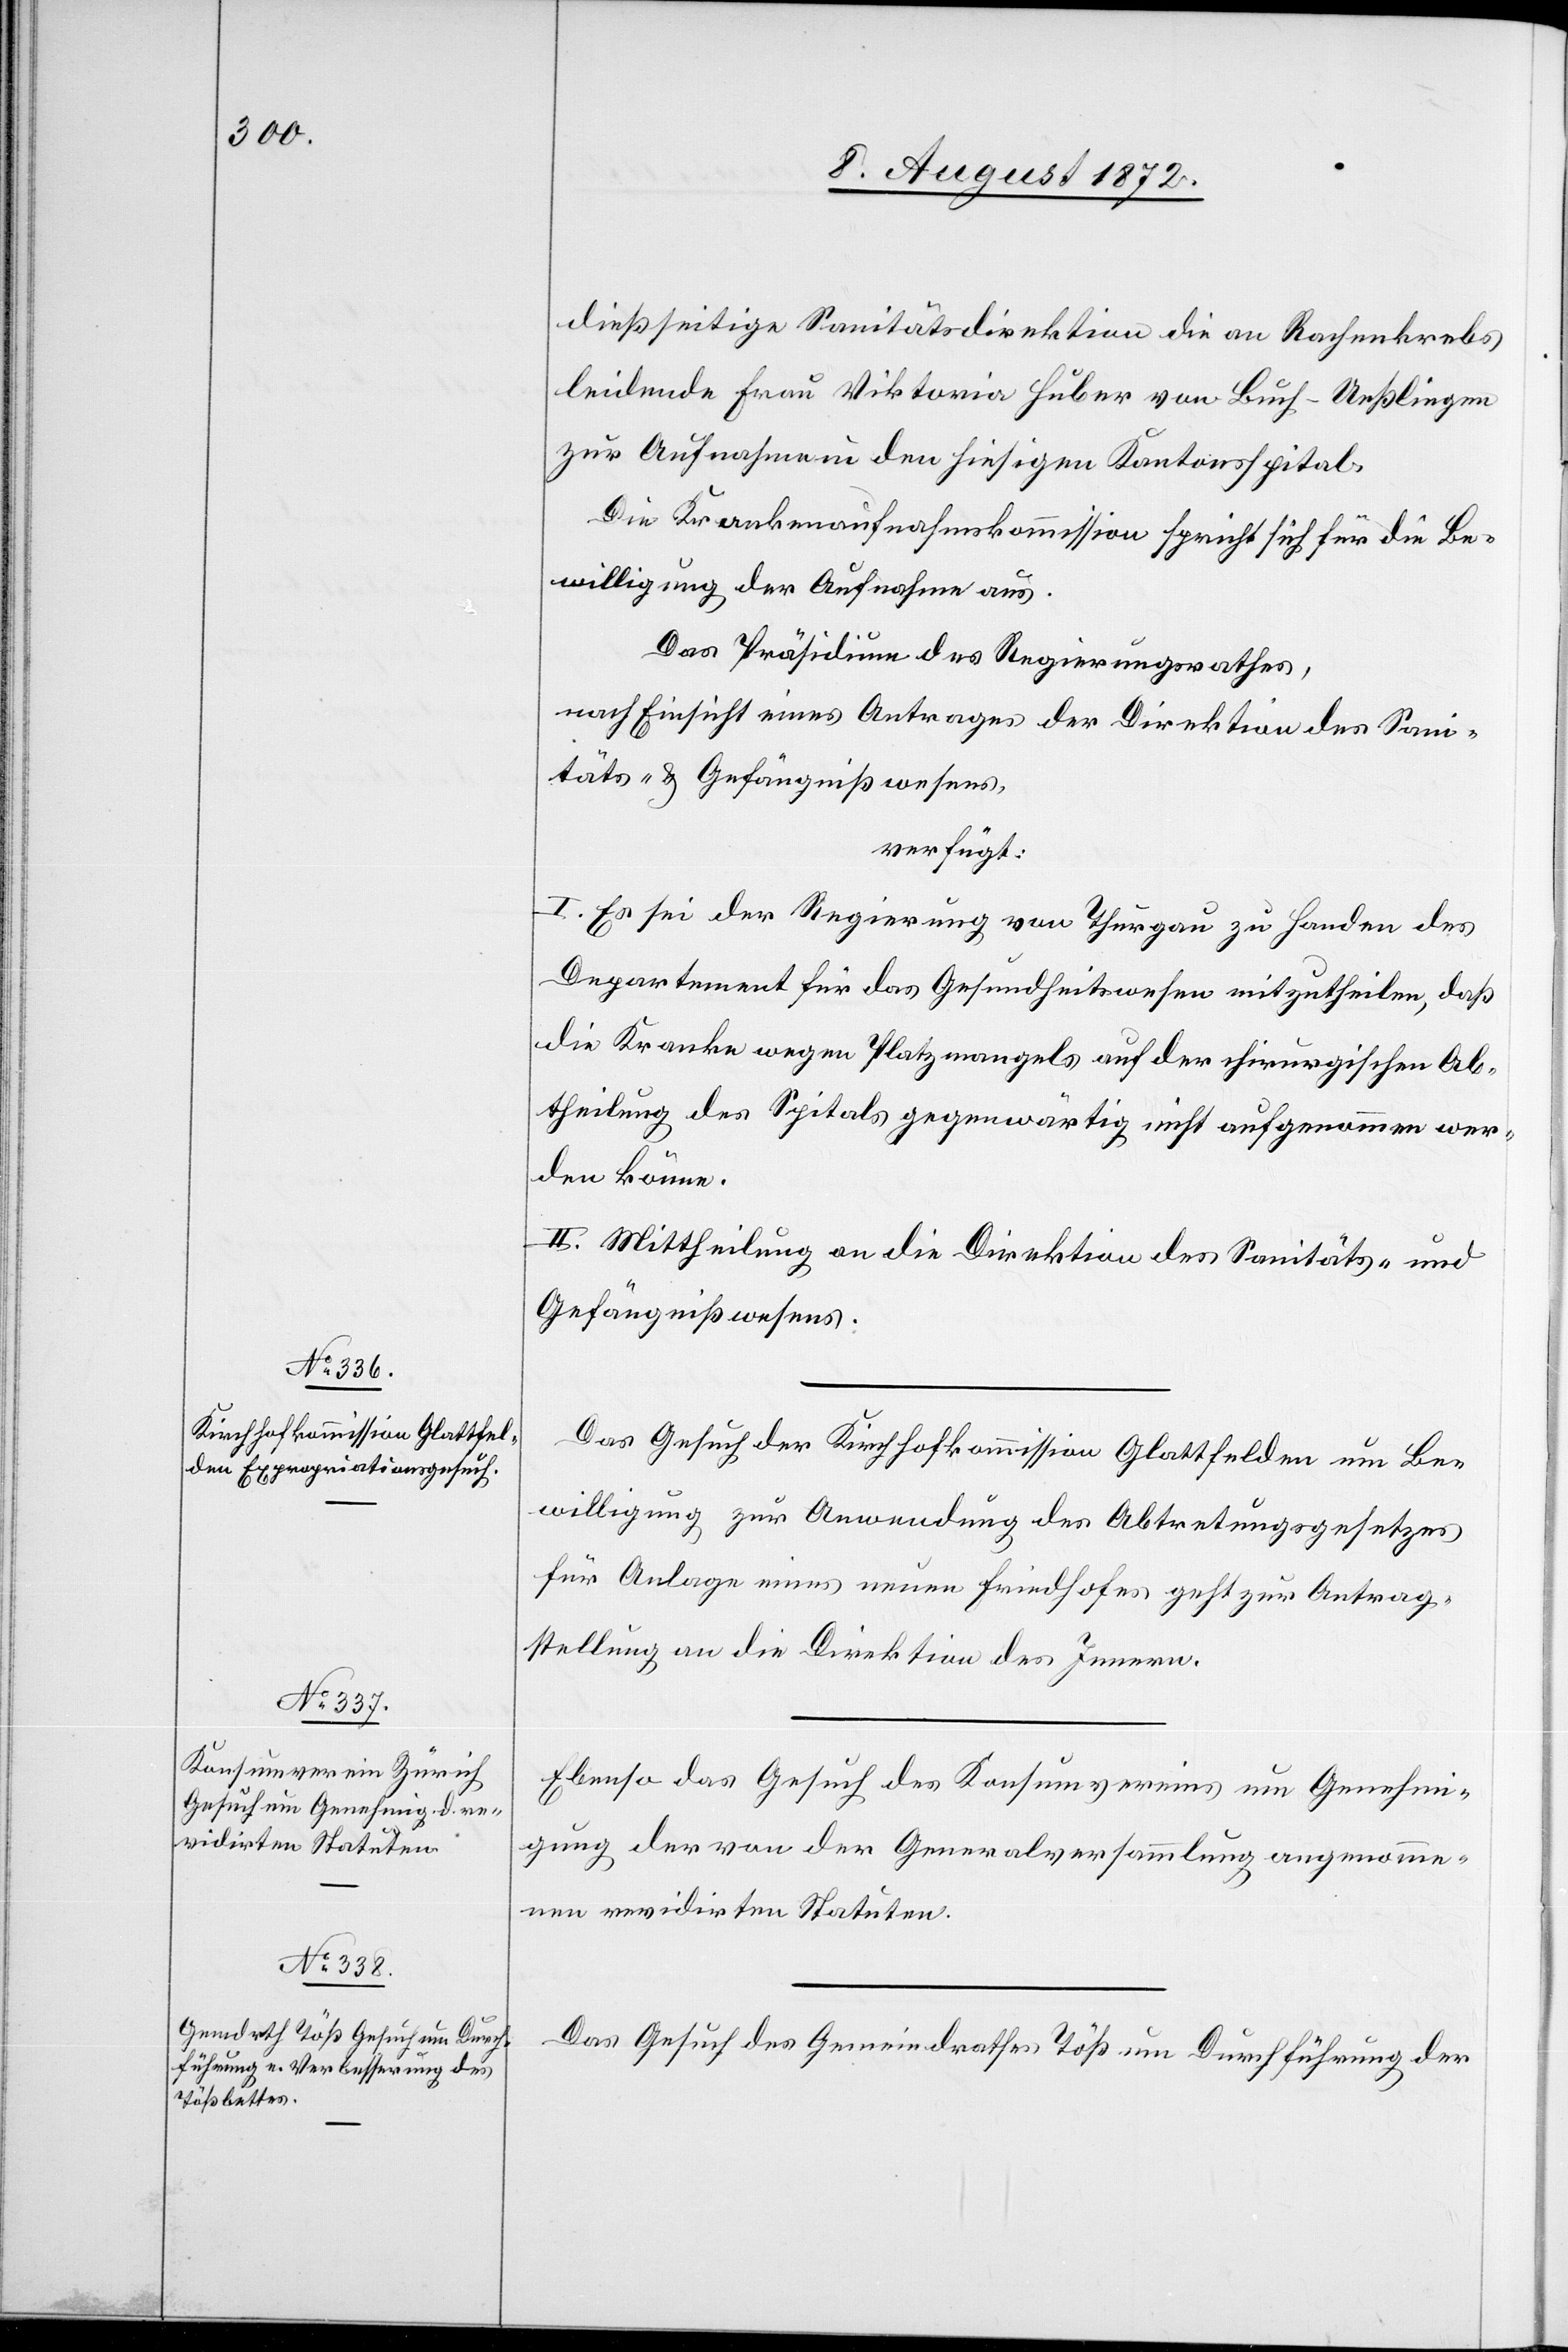
10. August 1872.]
dießseitige Sanitätsdirektion die an Rachenkrebs
leidende Frau Viktoria Huber von Buch-Ueßlingen
zur Aufnahme in den hiesigen Kantonsspital.
Die Krankenaufnahmskommission spricht sich für die Be¬
willigung der Aufnahme aus.
Das Präsidium des Regierungsrathes,
nach Einsicht eines Antrages der Direktion des Sani¬
täts- u. Gefängnißwesens,
verfügt:
I. Es sei der Regierung von Thurgau zu Handen des
Departement für das Gesundheitswesen mitzutheilen, daß
die Kranke wegen Platzmangels auf der chirurgischen Ab¬
theilung des Spitals gegenwärtig nicht aufgenommen wer¬
den könne.
II. Mittheilung an die Direktion des Sanitäts- u.
Gefängnißwesens.
Das Gesuch der Kirchhofkommission Glattfelden um Be¬
willigung zur Anwendung des Abtretungsgesetzes
für Anlage eines neuen Friedhofes geht zur Antrag¬
stellung an die Direktion des Innern.
Ebenso das Gesuch des Konsumvereins um Genehmi¬
gung der von der Generalversammlung angenomme¬
nen revidirten Statuten.
Das Gesuch des Gemeindrathes Töß um Durchführung der